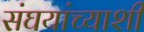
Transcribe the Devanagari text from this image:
संघयांच्याशी